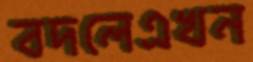
বদলেএখন